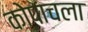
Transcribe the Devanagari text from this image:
कोपाचला